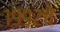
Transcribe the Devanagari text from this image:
१९९२चे